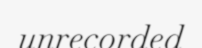
unrecorded